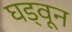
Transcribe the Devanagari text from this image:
घड्वून